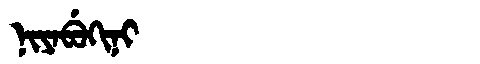
Manchu: ᠨᡳᠶᠠᠪᡠᡴᡳᠨᡳ
Romanization: NIYABUKINI